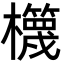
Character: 𣠉